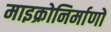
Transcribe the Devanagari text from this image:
माइक्रोनिर्माणों